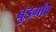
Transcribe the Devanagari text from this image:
बुड़गाँव